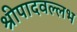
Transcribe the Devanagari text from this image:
श्रीपादवल्लभ